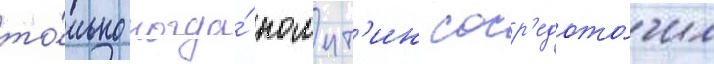
то́лько когда́ помпт'ин соср'едото́чил